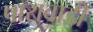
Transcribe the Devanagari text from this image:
पारावाडी